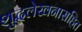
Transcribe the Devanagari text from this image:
शुद्धलेखनासहित